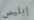
إبليس